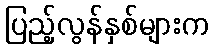
ပြည့်လွန်နှစ်များက